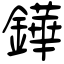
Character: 鏵